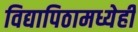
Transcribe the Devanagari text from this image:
विद्यापिठामध्येही